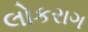
લોકરાગ